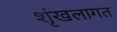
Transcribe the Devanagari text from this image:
शृंखलागत